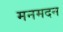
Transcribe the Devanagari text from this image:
मनमदन